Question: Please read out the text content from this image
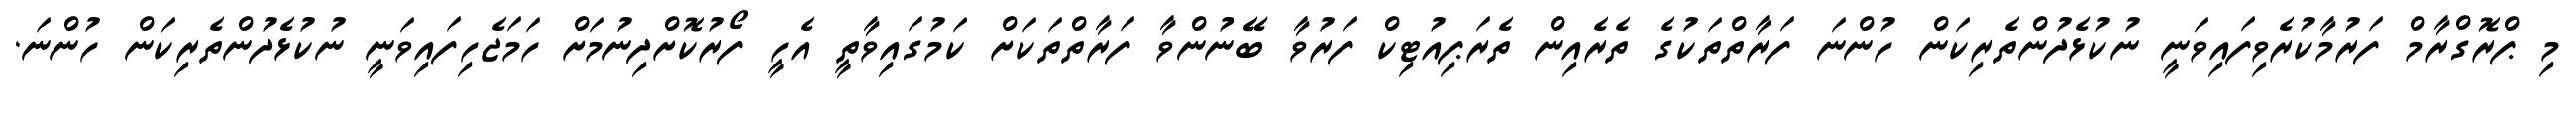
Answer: މި ޕްރޮގްރާމް ފަރުމާކުރެވިފައިވަނީ ނުކުޅެދުންތެރިކަން ހުންނަ ފަރާތްތަކުގެ ތެރެއިން ތެރަޕިއުޓިކް ފަރުވާ ބޭނުންވާ ފަރާތްތަކަށް ކަމުގައިވާތީ އެހީ ފޯރުކޮށްދިނުމަށް ހަމަޖެހިފައިވަނީ ނުކުޅެދުންތެރިކަން ހުންނަ.